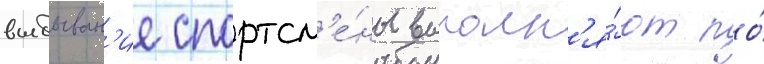
выбыван'ие спортсм'е́ны выполн'я́ют по́